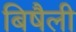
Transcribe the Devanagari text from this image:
बिषैली